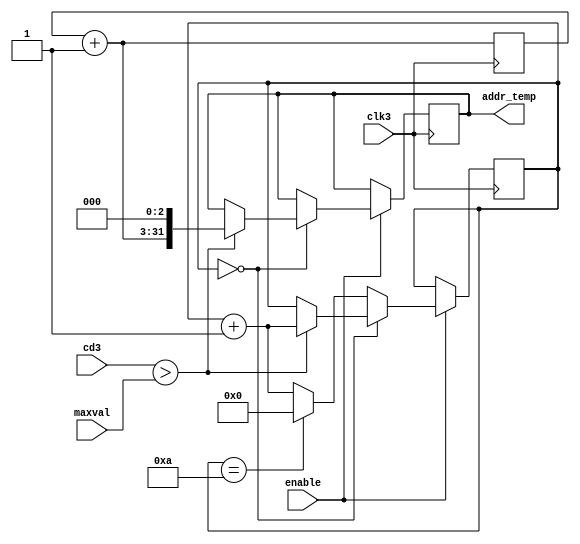
`timescale 1ns / 1ps
//////////////////////////////////////////////////////////////////////////////////
// Company: 
// Engineer: 
// 
// Design Name: 
// Module Name: DF_QRS_f
// Project Name: 
// Target Devices: 
// Tool Versions: 
// Description: 
// 
// Dependencies: 
// 
// Revision:
// Revision 0.01 - File Created
// Additional Comments:
// 
//////////////////////////////////////////////////////////////////////////////////


module DF_QRS_f(input clk3,input enable,input [15:0]maxval,input [15:0]cd3,output reg [31:0] addr_temp);
reg [15:0]threshold=0;
reg [3:0]counter=4'b0000;
reg [28:0] location=0;
always @(posedge clk3)
begin
    location=location+1'b1;
    if(enable)
    begin
        threshold={1'b0,maxval[15:1]};
        if(counter==4'b0000)
        begin
            if(cd3>maxval)
            begin
                 counter=counter+1'b1;
                 addr_temp={location,3'b0} ;
            end
        end
        else
        begin
            if(counter==4'b1010)
                counter=4'b0000;        
            else
                counter=counter+1'b1;
        end
    end
end


endmodule